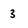
Character: 3